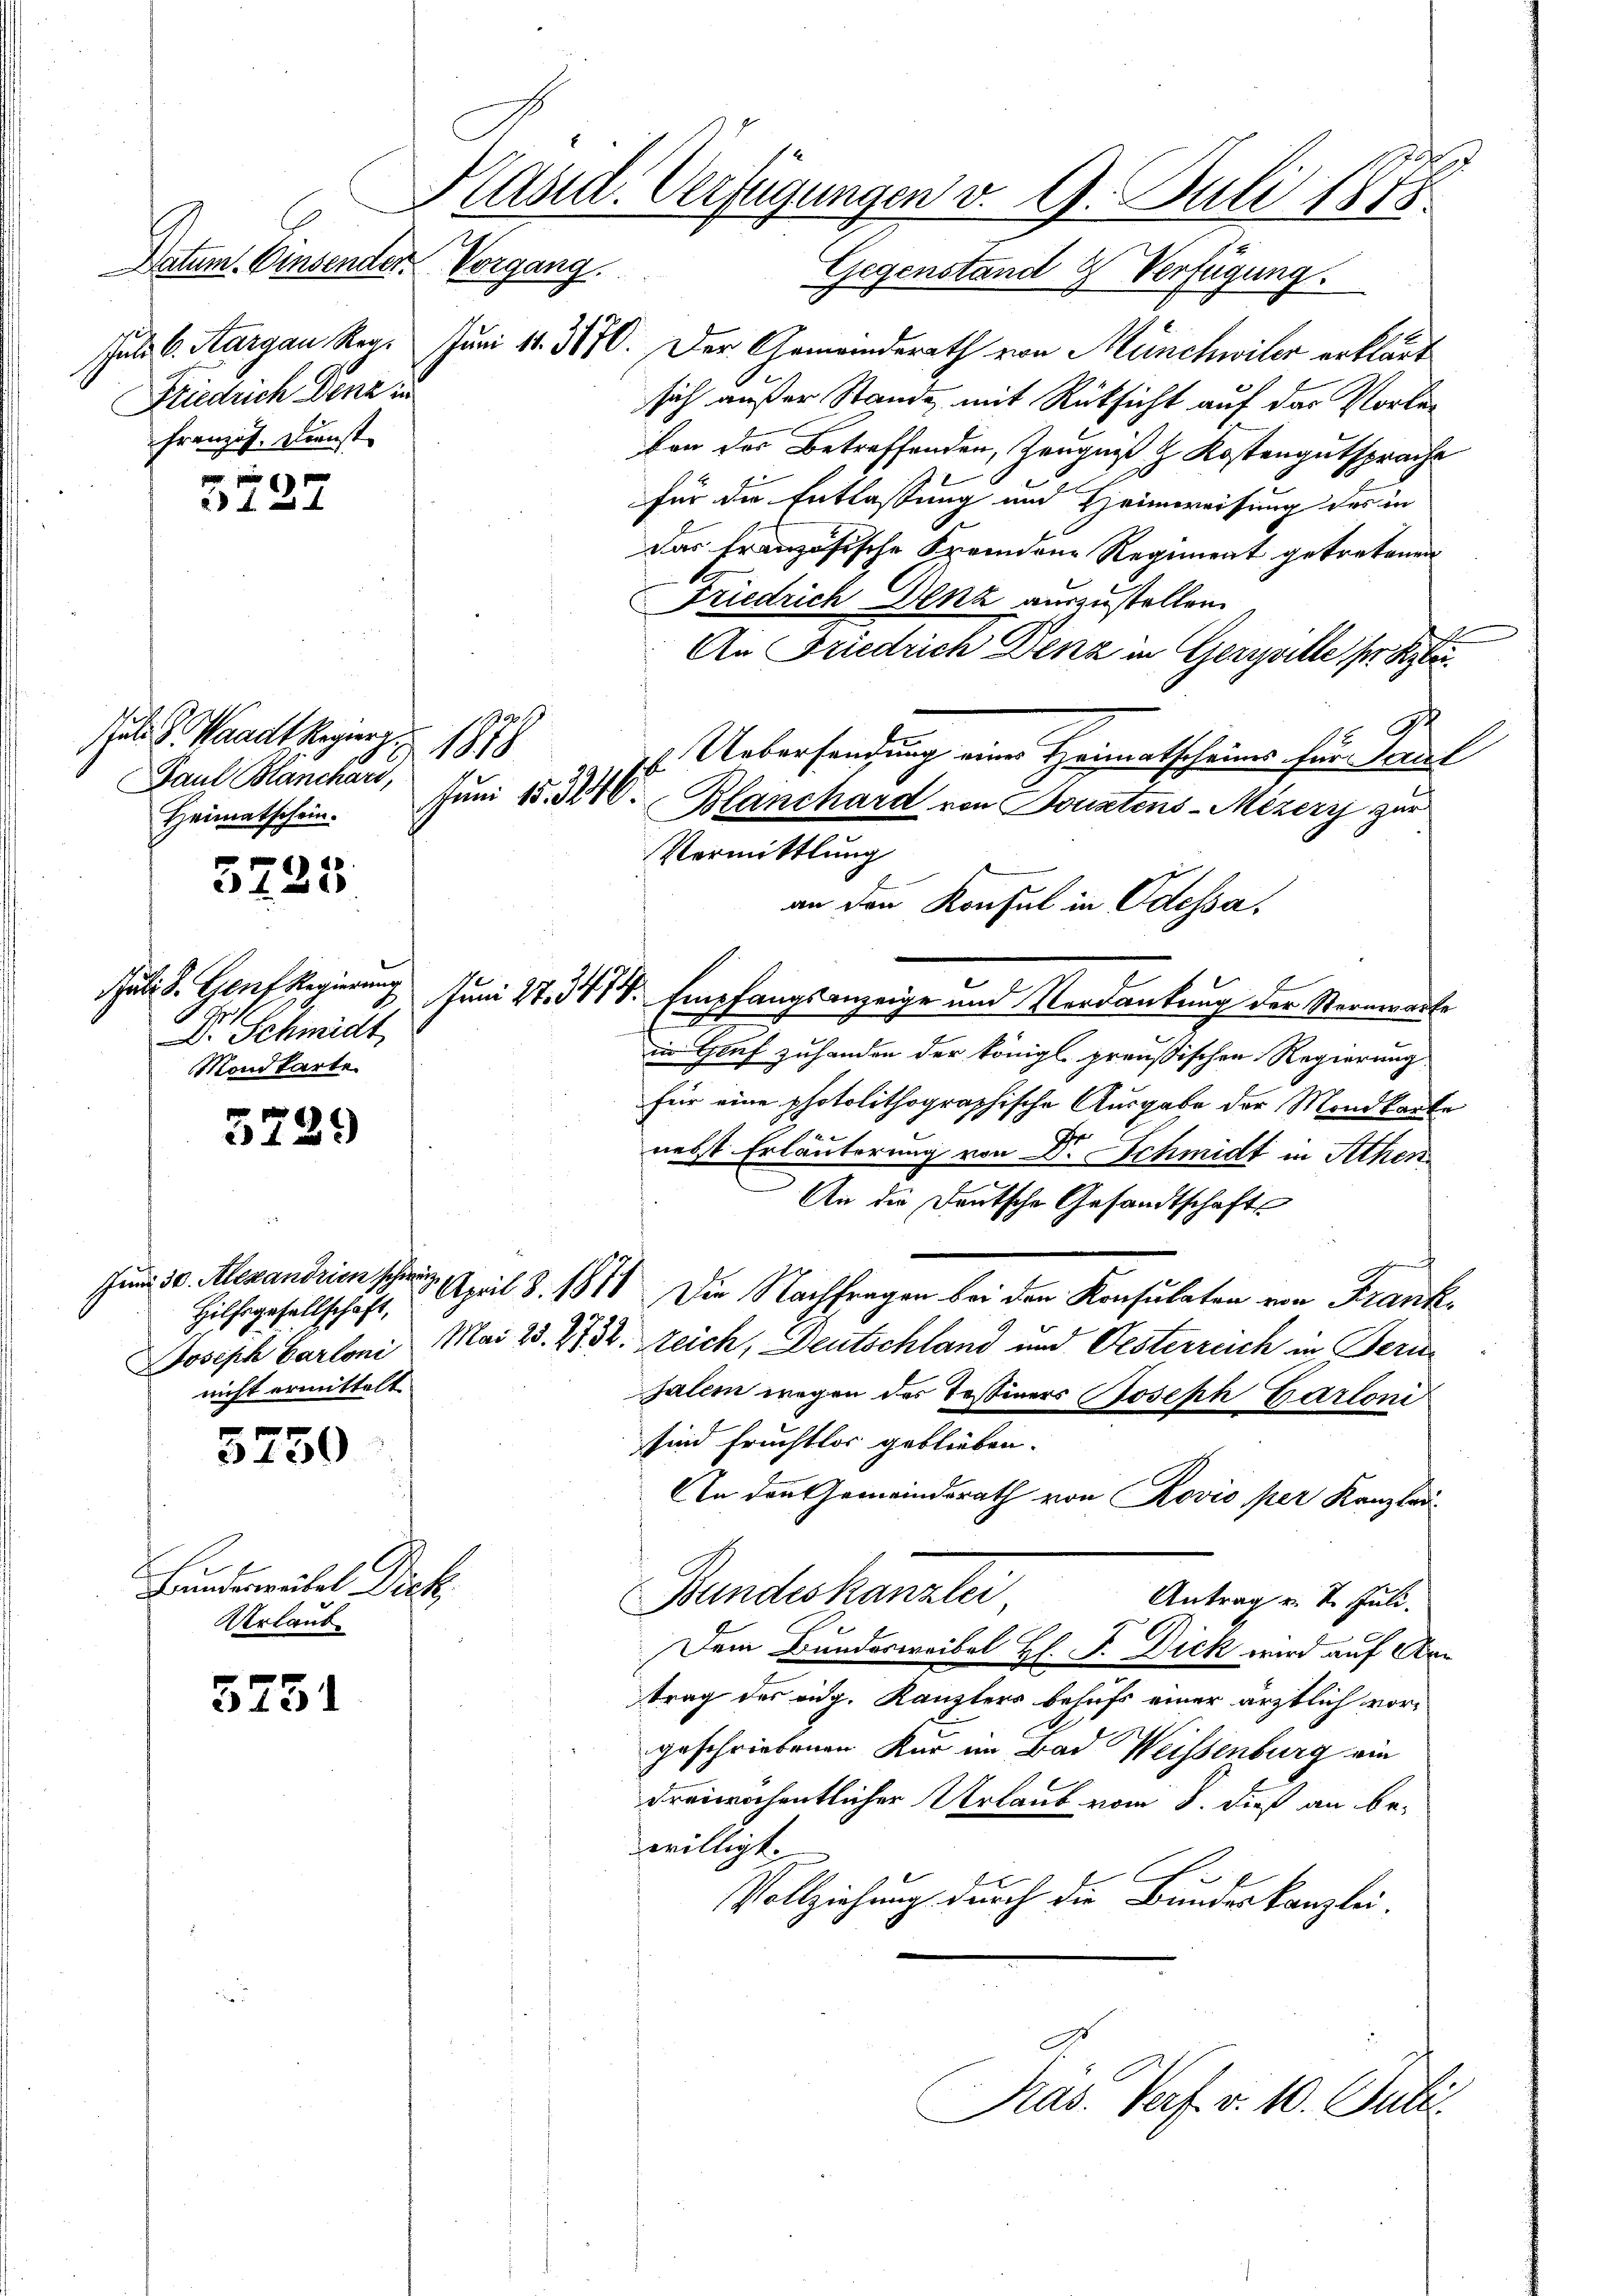
Datum. Einsender Vorgang.
Friedrich Denn in
Französ. Dienst

5727

Gut. So Waadt Regiert. 1878
Paul Blanchard,
Juni 153246.
Heimatschein.

3725

Juli d. Genf Regierung
.
Dr. Schmidt
Mondkarte

5729

5759

Bundesreikel Dich
Urlaub

5751

o
Kasid. Verfügungen v. 9. Juli 187

Gegenstand 4 Verfügung.
schuld 6. Aargau Reg. Juni 11. 3170. Der Gemeinderath von Münchwiler erklärt
sich außer Stande, mit Rüksicht auf das Vorlevon der Betreffenden, Zeugniß & Kostengutsprache
für die Entlassung und Heimweisung des in
Das französische Fremdene Regiment getretenen
Friedrich Denz auszustellen.
An Friedrich Denz in Gerzalle ser Klä¬
. Uebersendung eine Heimatscheine zur Paral
Blanchard von Sonstens-Mezerz zur
Vormittlung
an den Konsul in Odessa.
Juni 27. 341. Empfangsanzeige und Verdankung der Sternwarte
in Gruf zuhanden der königl. preußischen Regierung
für eine photolithographische Ausgabe der Mondkarte
.
nebst Erläuterung von Dr. Schmidt in Athen
An die Deutsche Gesandtschafts
Juni 30. Alexandrien 19. April 8. 1818. Die Nachfragen bei den Konsulaten von Frank¬
Joseph Cartoni, Mai 23. 2732. reich, Deutschland und Oesterreich in Beri
jalem wegen der Tessiners Joseph Carloni
sind Fruchtlos geblieben.
An den Gemeindsrath von Rovio per Kanzlei-
Bundeskanzlei
Antrag v. 4. Juli.
Dem Bundeswaibel Hl. F. Dick wird auf Artrag des eidg. Kanzlers behufs einer ärztlich vorgeschriebenen Kur ein Bad Weissenburg ein
dreizöchentlicher Urlaub vom 8. dieß an bewilligt.
Vollziehung durch die Bundeskanzlei-
Präs. Verf. v. 10. Julii

Hilfsgesellschaft,
nicht ermittelt